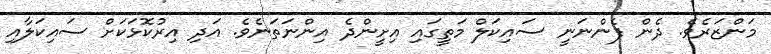
މަންޒަރެވެ. ދެން ފެންނަނީ ސައިކަލް މަތީގައި އިށީންދެ އިންނަތަނެވެ. އަދި އިރުކޮޅަކަށް ސައިކަލާއި